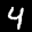
Label: 4